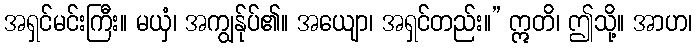
အရှင်မင်းကြီး။ မယှံ၊ အကျွန်ုပ်၏။ အယျော၊ အရှင်တည်း။” ဣတိ၊ ဤသို့။ အာဟ၊